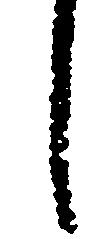
し